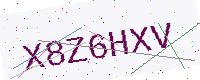
Text: X8Z6HXV